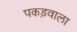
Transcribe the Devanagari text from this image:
पकड़वाला